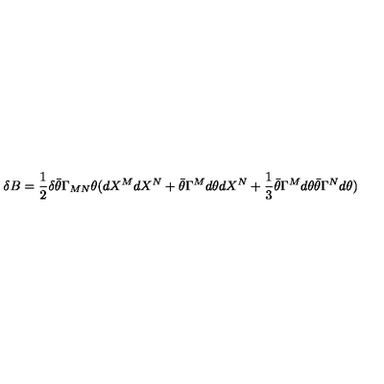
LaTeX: \delta B = { \frac { 1 } { 2 } } \delta \bar { \theta } \Gamma _ { M N } \theta ( d X ^ { M } d X ^ { N } + \bar { \theta } \Gamma ^ { M } d \theta d X ^ { N } + { \frac { 1 } { 3 } } \bar { \theta } \Gamma ^ { M } d \theta \bar { \theta } \Gamma ^ { N } d \theta )